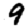
Digit: 9